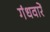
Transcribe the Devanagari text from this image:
गंधवारें